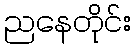
ညနေတိုင်း